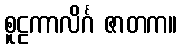
စူဠကာလိင်္ဂ ဇာတက။